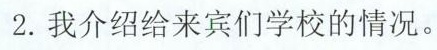
2.我介绍给来宾们学校的情况。